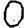
Digit: 0